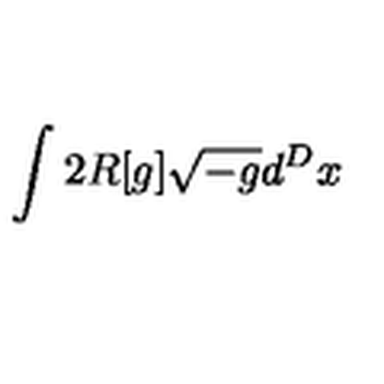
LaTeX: \int 2 R [ g ] \sqrt { - g } d ^ { D } x